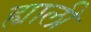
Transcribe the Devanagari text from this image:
ह्याली